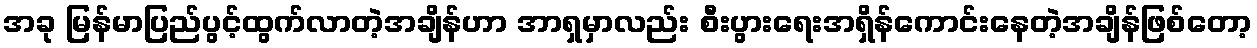
အခု မြန်မာပြည်ပွင့်ထွက်လာတဲ့အချိန်ဟာ အာရှမှာလည်း စီးပွားရေးအရှိန်ကောင်းနေတဲ့အချိန်ဖြစ်တော့